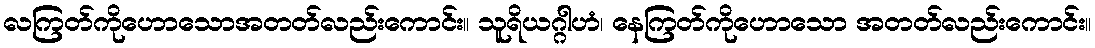
လကြတ်ကိုဟောသောအတတ်လည်းကောင်း။ သူရိယဂ္ဂါဟံ၊ နေကြတ်ကိုဟောသော အတတ်လည်းကောင်း။